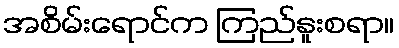
အစိမ်းရောင်က ကြည်နူးစရာ။